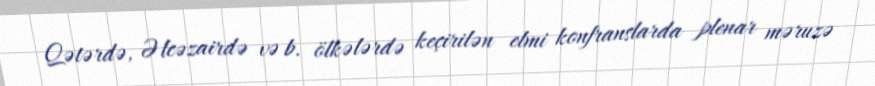
Qətərdə, Əlcəzairdə və b. ölkələrdə keçirilən elmi konfranslarda plenar məruzə